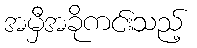
အမှီအခိုကင်းသည့်